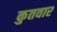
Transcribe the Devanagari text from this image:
कुतवार